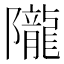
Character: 隴